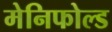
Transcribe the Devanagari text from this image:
मेनिफोल्ड